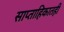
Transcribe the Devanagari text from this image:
साप्ताहिकातही